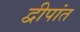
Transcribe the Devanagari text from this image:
द्वीपांत